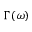
\Gamma ( \omega )